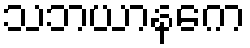
သဘယာနကေ